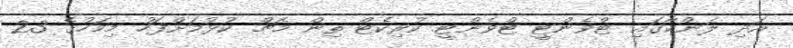
އަދި ލަންކާގައި ޓްވެންޓީ ޓްވެންޓީ ކުރިކެޓް ތިން މެޗް ކުޅުމަށްފަހު މިމަހުގެ 23